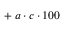
{ } + a \cdot c \cdot 1 0 0